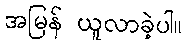
အမြန် ယူလာခဲ့ပါ။